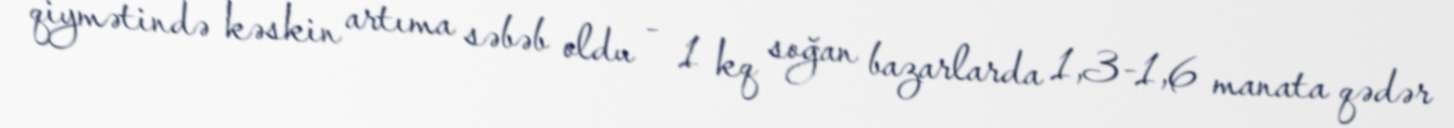
qiymətində kəskin artıma səbəb oldu - 1 kq soğan bazarlarda 1,3-1,6 manata qədər